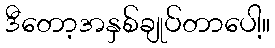
ဒီတော့အနှစ်ချုပ်တာပေါ့။